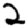
Digit: 2